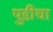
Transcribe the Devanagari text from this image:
पुडीचा